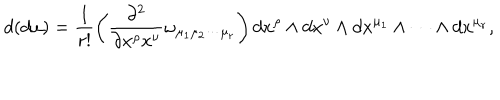
d ( d \omega ) = \frac { 1 } { r ! } \left( \frac { \partial ^ { 2 } } { \partial x ^ { \rho } x ^ { \nu } } \omega _ { \mu _ { 1 } \mu _ { 2 } \cdots \mu _ { r } } \right) d x ^ { \rho } \wedge d x ^ { \nu } \wedge d x ^ { \mu _ { 1 } } \wedge \cdots \wedge d x ^ { \mu _ { r } } ,